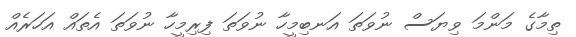
ތިމާގެ މަންމަ ވިޔަސް ނުވަތަ އަނބިމީހާ ނުވަތަ ފިރިމީހާ ނުވަތަ އެތައް އަހަރެއް